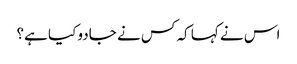
اس نے کہا کہ کس نے جادو کیا ہے؟